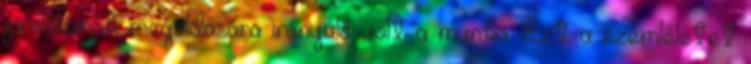
problémák megoldására irányuló volt a munka. Ezt a szemléletet